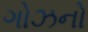
ગોઝનો